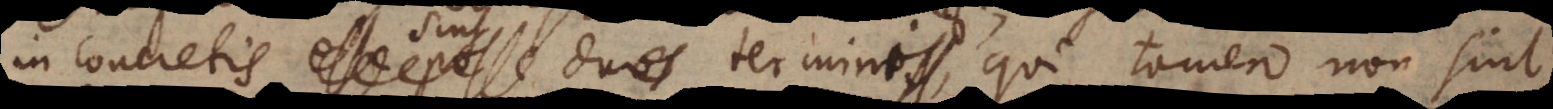
in concretis sint duo termini, qui tamen non sint